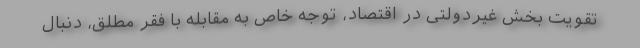
تقویت بخش غیردولتی در اقتصاد، توجه خاص به مقابله با فقر مطلق، دنبال